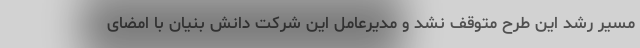
مسیر رشد این طرح متوقف نشد و مدیرعامل این شرکت دانش بنیان با امضای